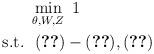
LaTeX: \begin{align*} \begin{aligned}& \mathop {\min }\limits_{\theta,W,Z} \ 1 \\{\rm s.t.} \ & \ (\ref{const2})-(\ref{const5}), (\ref{const-add})\end{aligned}\end{align*}